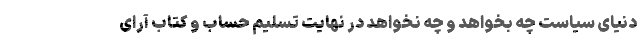
دنیای سیاست چه بخواهد و چه نخواهد در نهایت تسلیم حساب و کتاب آرای